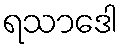
ရသာဒေါ